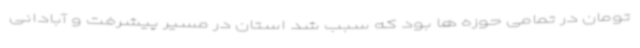
تومان در تمامی حوزه ها بود که سبب شد استان در مسیر پیشرفت و آبادانی